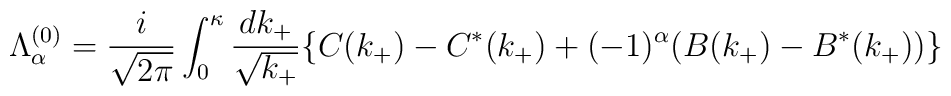
{\Lambda}_{\alpha}^{(0)}=\frac{i}{\sqrt{2{\pi}}}\int_0^{\kappa}\frac{dk_+}{\sqrt{k_+}}\{C(k_+)-C^{\ast}(k_+)+(-1)^{\alpha}(B(k_+)-B^{\ast}(k_+))\}